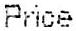
PRICE